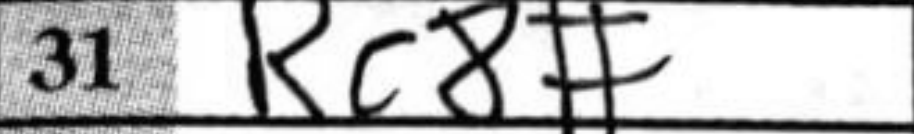
Transcription: Rc8#